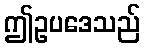
ဤဥပဒေသည်